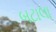
બટાલા